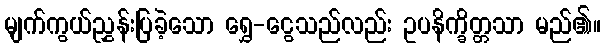
မျက်ကွယ်ညွှန်းပြခဲ့သော ရွှေ-ငွေသည်လည်း ဥပနိက္ခိတ္တသာ မည်၏။